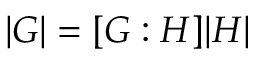
| G | = [ G : H ] | H |